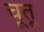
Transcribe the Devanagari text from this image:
चूतू